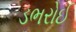
ડભરોઈ